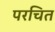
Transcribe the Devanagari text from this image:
परचित